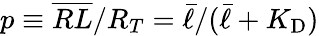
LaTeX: p\equiv\overline{{RL}}/R_{T}=\bar{\ell}/(\bar{\ell}+{K_{\mathrm{D}}})